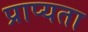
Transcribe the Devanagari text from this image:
प्राप्यता